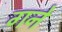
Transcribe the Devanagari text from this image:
गने